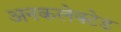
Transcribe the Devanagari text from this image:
अनकलेक्टेड